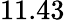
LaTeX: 11.43